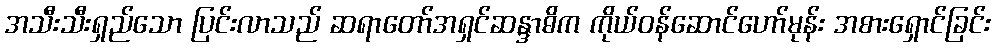
အသီးသီးရှည်သော ပြင်းလာသည် ဆရာတော်အရှင်ဆန္ဒာဓိက ကိုယ်ဝန်ဆောင်ဟော်မုန်း အစားရှောင်ခြင်း